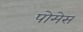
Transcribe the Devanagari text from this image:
पोमेस